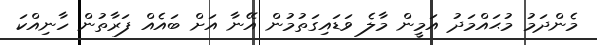
މެންދަމު މުޙައްމަދު އަމީން މާލެ ވަޑައިގަތުމުން އޭނާ އަށް ބައެއް ފަރާތުން ހާނިއްކަ